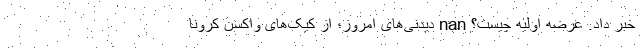
خبر داد. عرضه اولیه چیست؟ nan دیدنی‌های امروز؛ از کیک‌های واکسن کرونا